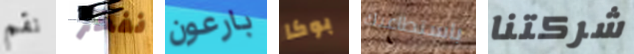
نقم نفخر بارعون بوكا باستطاعتك شركتنا